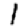
Digit: 1